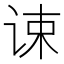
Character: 𬣷